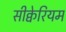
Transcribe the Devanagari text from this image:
सीक्वेरियम